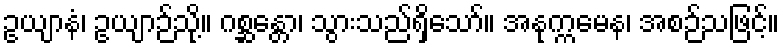
ဥယျာနံ၊ ဥယျာဉ်သို့။ ဂစ္ဆန္တော၊ သွားသည်ရှိသော်။ အနုက္ကမေန၊ အစဉ်သဖြင့်။